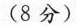
(8分)